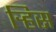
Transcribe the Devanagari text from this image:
र्‍हिस